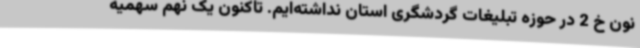
نون خ 2 در حوزه تبلیغات گردشگری استان نداشته‌ایم. تاکنون یک نهم سهمیه